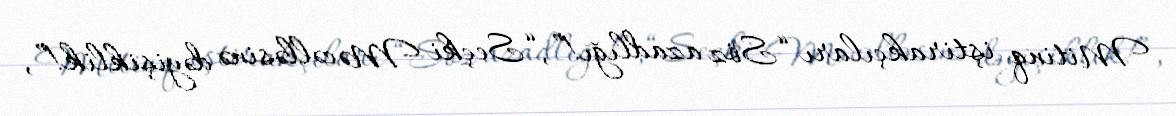
Mitinq iştirakçıları “Söz azadlığı!”, “Seçki Məcəlləsinə dəyişiklik!”,